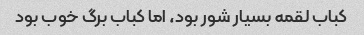
کباب لقمه بسیار شور بود، اما کباب برگ خوب بود